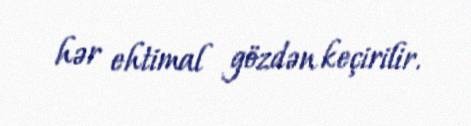
hər ehtimal gözdən keçirilir.